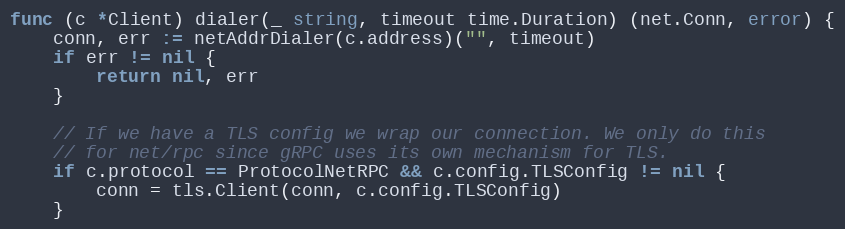
Language: Go
func (c *Client) dialer(_ string, timeout time.Duration) (net.Conn, error) {
	conn, err := netAddrDialer(c.address)("", timeout)
	if err != nil {
		return nil, err
	}

	// If we have a TLS config we wrap our connection. We only do this
	// for net/rpc since gRPC uses its own mechanism for TLS.
	if c.protocol == ProtocolNetRPC && c.config.TLSConfig != nil {
		conn = tls.Client(conn, c.config.TLSConfig)
	}